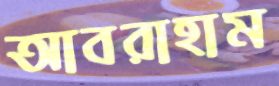
আবরাহাম